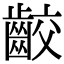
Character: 齩